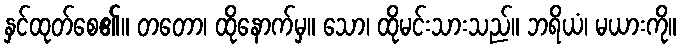
နှင်ထုတ်စေ၏။ တတော၊ ထိုနောက်မှ။ သော၊ ထိုမင်းသားသည်။ ဘရိယံ၊ မယားကို။